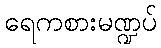
ရေကစားမဏ္ဍပ်